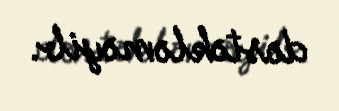
dəstəkləməyib.